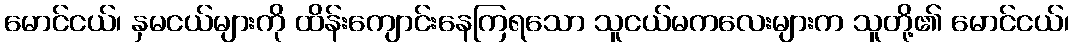
မောင်ငယ်၊ နှမငယ်များကို ထိန်းကျောင်းနေကြရသော သူငယ်မကလေးများက သူတို့၏ မောင်ငယ်၊